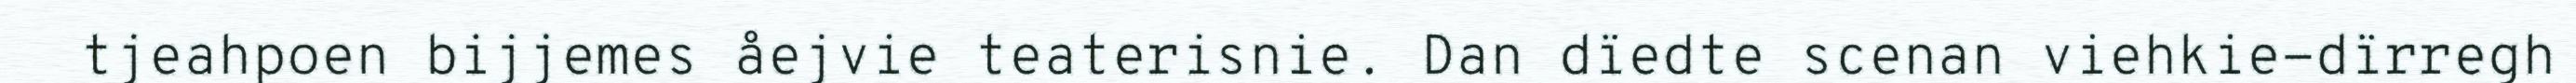
tjeahpoen bijjemes åejvie teaterisnie. Dan dïedte scenan viehkie-dïrregh